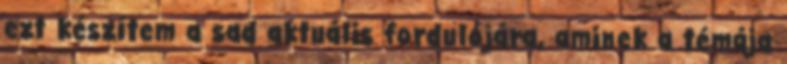
ezt készítem a sad aktuális fordulójára, aminek a témája